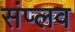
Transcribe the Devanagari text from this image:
संप्लव